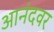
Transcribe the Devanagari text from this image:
आनंदवर